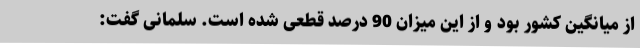
از میانگین کشور بود و از این میزان 90 درصد قطعی شده است. سلمانی گفت: